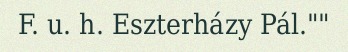
F. u. h. Eszterházy Pál.""